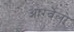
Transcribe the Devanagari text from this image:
आर्ग्वेलो